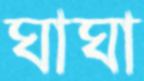
ঘাঘা